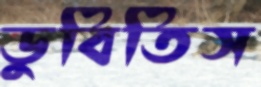
ডুবিতিস